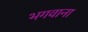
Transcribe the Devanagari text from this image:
भगवाना